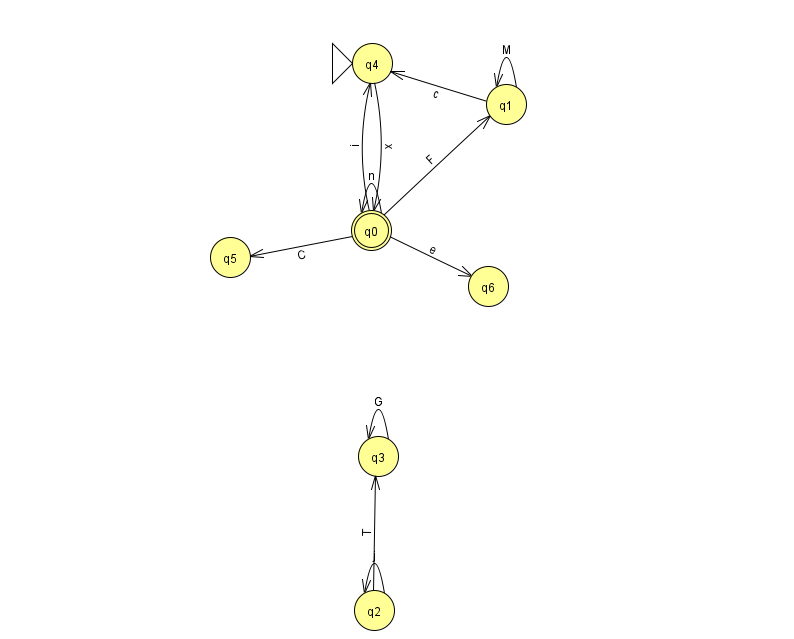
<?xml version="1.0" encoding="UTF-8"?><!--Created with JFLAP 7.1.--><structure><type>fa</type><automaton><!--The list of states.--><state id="0" name="q0"><x>371.0</x><y>217.0</y><final/></state><state id="1" name="q1"><x>506.0</x><y>91.0</y></state><state id="2" name="q2"><x>374.0</x><y>597.0</y></state><state id="3" name="q3"><x>378.0</x><y>443.0</y></state><state id="4" name="q4"><x>372.0</x><y>50.0</y><initial/></state><state id="5" name="q5"><x>230.0</x><y>244.0</y></state><state id="6" name="q6"><x>488.0</x><y>273.0</y></state><!--The list of transitions.--><transition><from>1</from><to>4</to><read>c</read></transition><transition><from>0</from><to>6</to><read>e</read></transition><transition><from>2</from><to>3</to><read>T</read></transition><transition><from>0</from><to>1</to><read>F</read></transition><transition><from>3</from><to>3</to><read>G</read></transition><transition><from>0</from><to>5</to><read>C</read></transition><transition><from>0</from><to>4</to><read>i</read></transition><transition><from>2</from><to>2</to><read>j</read></transition><transition><from>4</from><to>0</to><read>x</read></transition><transition><from>1</from><to>1</to><read>M</read></transition><transition><from>0</from><to>0</to><read>n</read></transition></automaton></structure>